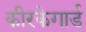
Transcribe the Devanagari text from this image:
कीरकेगार्ड